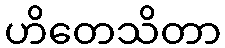
ဟိတေသိတာ